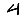
Digit: 4